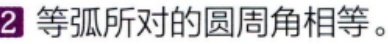
等弧所对的圆周角相等。